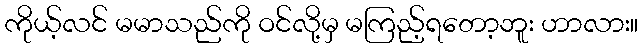
ကိုယ့်လင် မမာသည်ကို ဝင်လို့မှ မကြည့်ရတော့ဘူး ဟာလား။